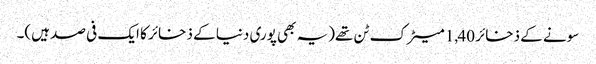
سونے کے ذخائر 1,40 میٹرک ٹن تھے(یہ بھی پوری دنیا کے ذخائر کا ایک فی صد ہیں)۔